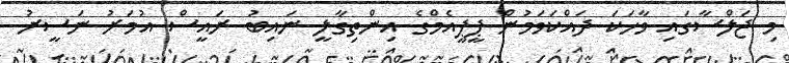
މި ޖަލްސާގައި ވާހަކަ ދައްކަވަމުން ޕީޕީއެމްގެ އިންތިގާލީ ނައިބު ރައީސް އުމަރު ނަސީރު